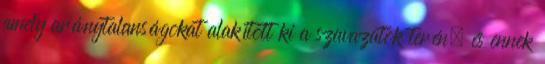
amely aránytalanságokat alakított ki a szavazatok terén, és ennek